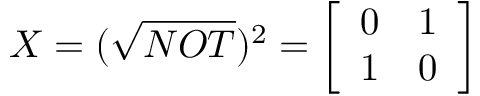
X = ( { \sqrt { N O T } } ) ^ { 2 } = { \left[ \begin{array} { l l } { 0 } & { 1 } \\ { 1 } & { 0 } \end{array} \right] }